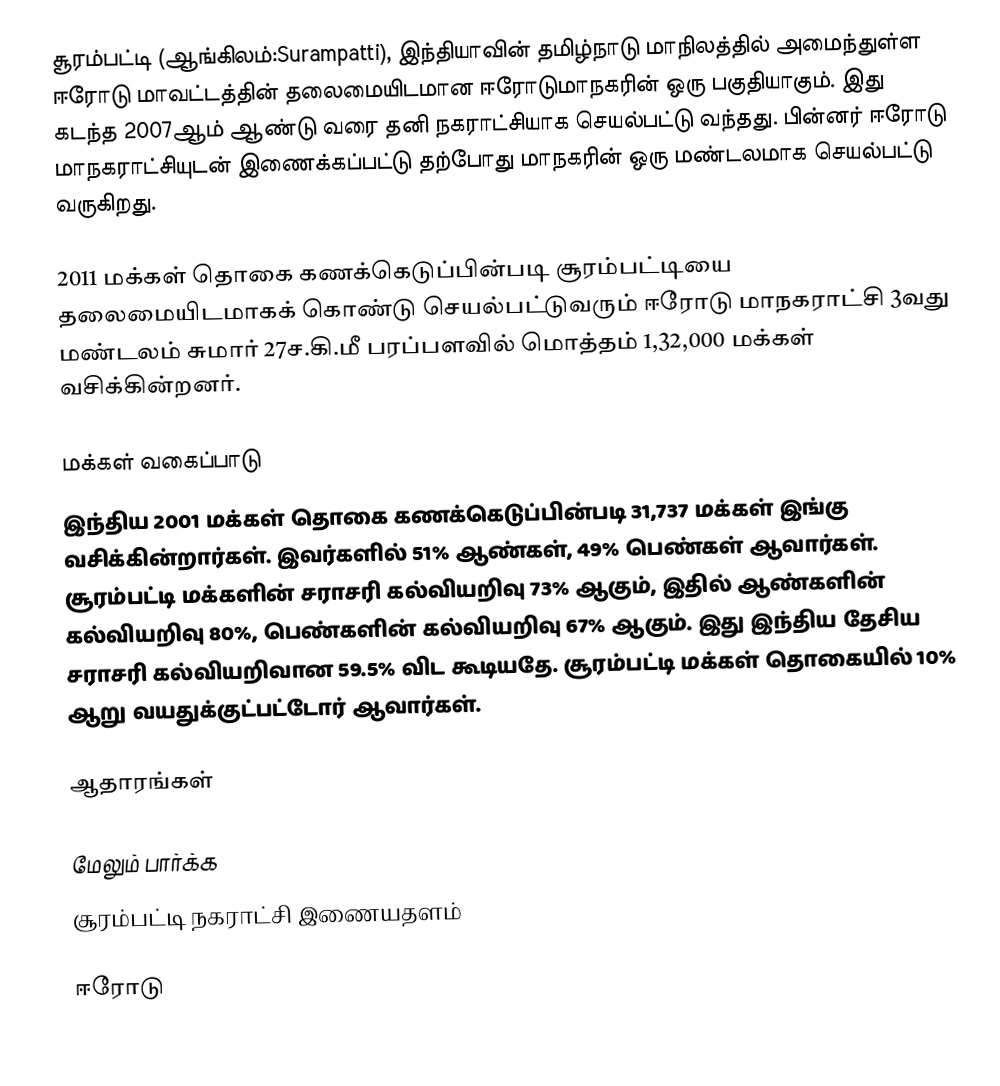
சூரம்பட்டி (ஆங்கிலம்:Surampatti), இந்தியாவின் தமிழ்நாடு மாநிலத்தில் அமைந்துள்ள ஈரோடு மாவட்டத்தின் தலைமையிடமான ஈரோடுமாநகரின் ஒரு பகுதியாகும். இது கடந்த 2007ஆம் ஆண்டு வரை தனி நகராட்சியாக செயல்பட்டு வந்தது. பின்னர் ஈரோடு மாநகராட்சியுடன் இணைக்கப்பட்டு தற்போது மாநகரின் ஒரு மண்டலமாக செயல்பட்டு வருகிறது.

2011 மக்கள் தொகை கணக்கெடுப்பின்படி சூரம்பட்டியை தலைமையிடமாகக் கொண்டு செயல்பட்டுவரும் ஈரோடு மாநகராட்சி 3வது மண்டலம் சுமார் 27ச.கி.மீ பரப்பளவில் மொத்தம் 1,32,000 மக்கள் வசிக்கின்றனர்.

மக்கள் வகைப்பாடு
இந்திய 2001 மக்கள் தொகை கணக்கெடுப்பின்படி 31,737 மக்கள் இங்கு வசிக்கின்றார்கள். இவர்களில் 51% ஆண்கள், 49% பெண்கள் ஆவார்கள். சூரம்பட்டி மக்களின் சராசரி கல்வியறிவு 73% ஆகும்,  இதில் ஆண்களின் கல்வியறிவு 80%,  பெண்களின் கல்வியறிவு 67% ஆகும். இது இந்திய தேசிய சராசரி கல்வியறிவான 59.5% விட கூடியதே. சூரம்பட்டி மக்கள் தொகையில் 10%  ஆறு வயதுக்குட்பட்டோர் ஆவார்கள்.

ஆதாரங்கள்

மேலும் பார்க்க
 சூரம்பட்டி நகராட்சி இணையதளம்

ஈரோடு